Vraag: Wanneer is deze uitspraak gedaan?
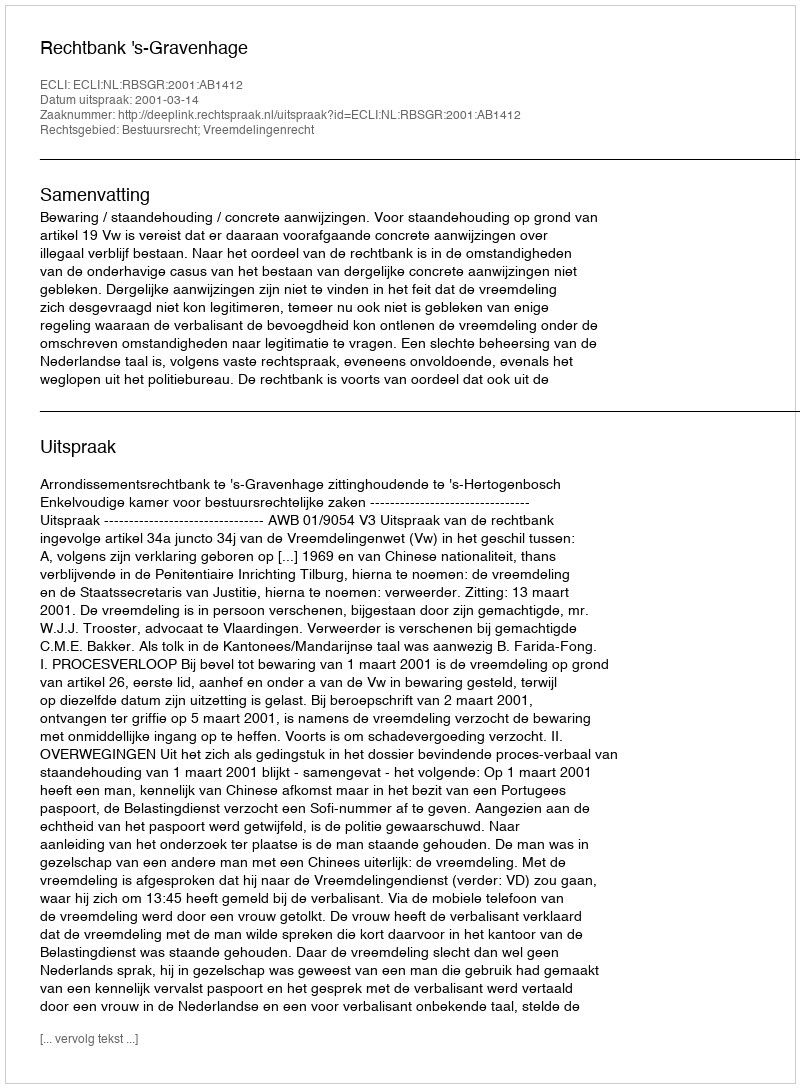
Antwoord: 2001-03-14